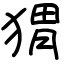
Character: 猬